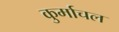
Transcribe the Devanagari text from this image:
कुर्माचल